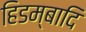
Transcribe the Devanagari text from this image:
हिडम्बादि